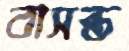
বাসন্ত